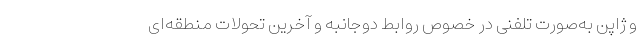
و ژاپن به‌صورت تلفنی در خصوص روابط دوجانبه و آخرین تحولات منطقه‌ای